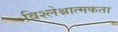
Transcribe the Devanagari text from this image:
विश्लेश्नात्मकता